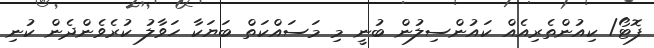
ފޮޓޯ/ ކިއުންތެރިއެއް ކައުންސިލުން ބުނީ މި މަަަސައްކަތް ބަޔަކާ ހަވާލު ކުރެވެންދެން ކުނި